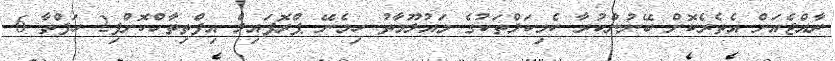
ރާއްޖެއަށް އެތެރެކޮށް ބޭނުންކުރާ ކެމިކަލްތަކުގެ މައުލޫމާތު ހިމެނޭ ޕްރޮފައިލް އިފްތިތާހްކޮށްފި2 ހަފްތާ 6